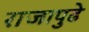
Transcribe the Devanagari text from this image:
राजापुढे